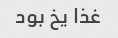
غذا یخ بود